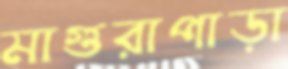
মাগুরাপাড়া